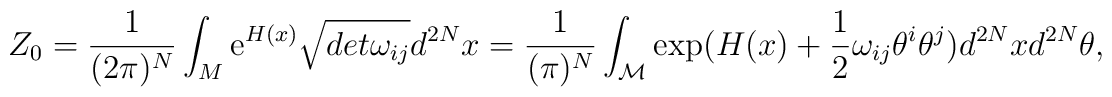
Z_0=\frac 1{(2\pi )^N}\int_M{\rm e}^{H(x)}\sqrt{det\omega _{ij}}d^{2N}x=\frac 1{(\pi )^N}\int_{{\cal M}}\exp ({H(x)+\frac 12\omega_{ij}\theta ^i\theta ^j)}d^{2N}xd^{2N}\theta ,